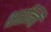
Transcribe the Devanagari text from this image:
क्षरन्ति